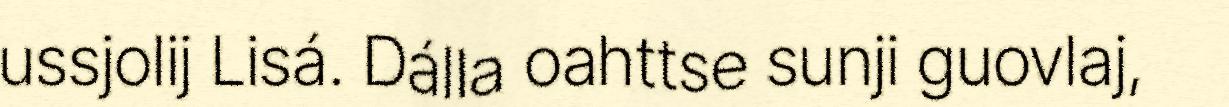
ussjolij Lisá. Dálla oahttse sunji guovlaj,